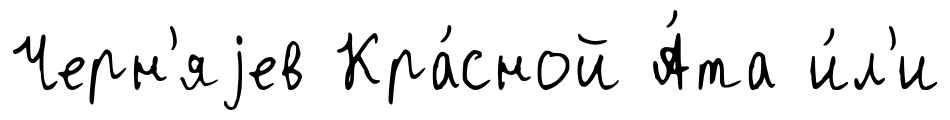
Черн'яjев Кра́сной А́та и́л'и